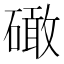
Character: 𥕵